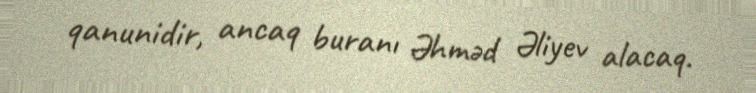
qanunidir, ancaq buranı Əhməd Əliyev alacaq.